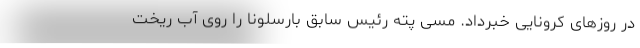
در روزهای کرونایی خبرداد. مسی پته رئیس سابق بارسلونا را روی آب ریخت